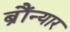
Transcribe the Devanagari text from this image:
ब्रौंन्यार